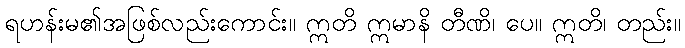
ရဟန်းမ၏အဖြစ်လည်းကောင်း။ ဣတိ ဣမာနိ တီဏိ၊ ပေ။ ဣတိ၊ တည်း။